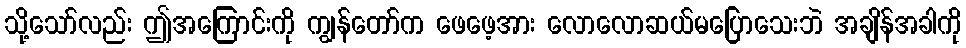
သို့သော်လည်း ဤအကြောင်းကို ကျွန်တော်က ဖေဖေ့အား လောလောဆယ်မပြောသေးဘဲ အချိန်အခါကို